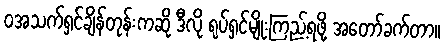
ဝအသက်ရှင်ချိန်တုန်းကဆို ဒီလို ရုပ်ရှင်မျိုးကြည့်ရဖို့ အတော်ခက်တာ။